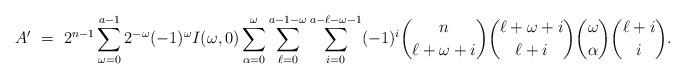
LaTeX: \begin{align*} A' \ &= \ 2^{n-1}\sum_{\omega = 0}^{a-1} 2^{-\omega} (-1)^{\omega}I(\omega, 0) \sum_{\alpha = 0}^\omega \sum_{\ell = 0}^{a - 1 - \omega} \sum_{i= 0}^{a - \ell - \omega - 1} (-1)^i \binom{n}{\ell + \omega +i} \binom{\ell + \omega +i}{\ell + i} \binom{\omega}{\alpha} \binom{\ell + i }{i}. \end{align*}